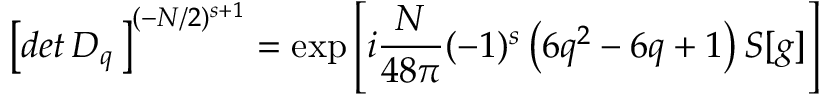
\left[ d e t \, D _ { q } \, \right] ^ { ( - N / 2 ) ^ { s + 1 } } = \exp \left[ i { \frac { N } { 4 8 \pi } } ( - 1 ) ^ { s } \left( 6 q ^ { 2 } - 6 q + 1 \right) S [ g ] \right]